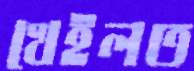
খেইলত